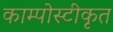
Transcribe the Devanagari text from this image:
काम्पोस्टीकृत